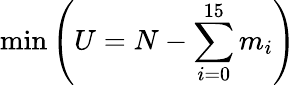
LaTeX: \operatorname*{min}\left(U=N-\sum_{i=0}^{15}m_{i}\right)